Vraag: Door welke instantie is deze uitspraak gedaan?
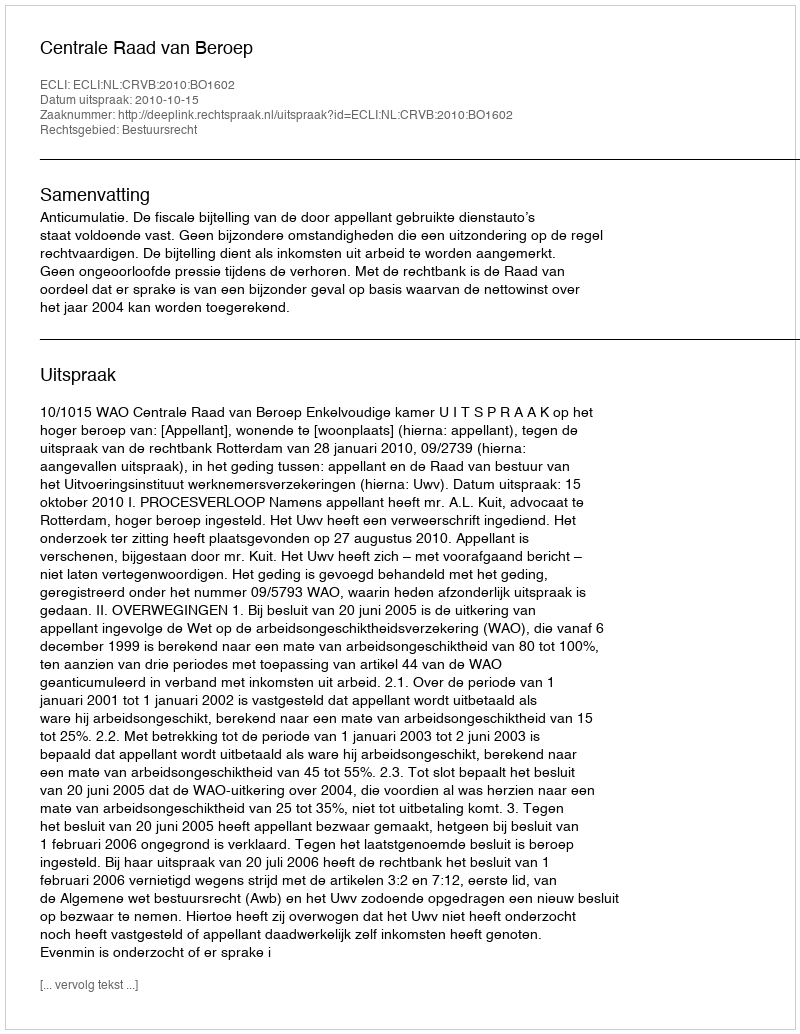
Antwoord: Centrale Raad van Beroep